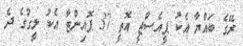
ރޭގެ ބައްޔާ އެކު ޕީއެސްޖީ އޮތީ 37 ޕޮއިންޓާ އެކު ލީގުގެ ދެ